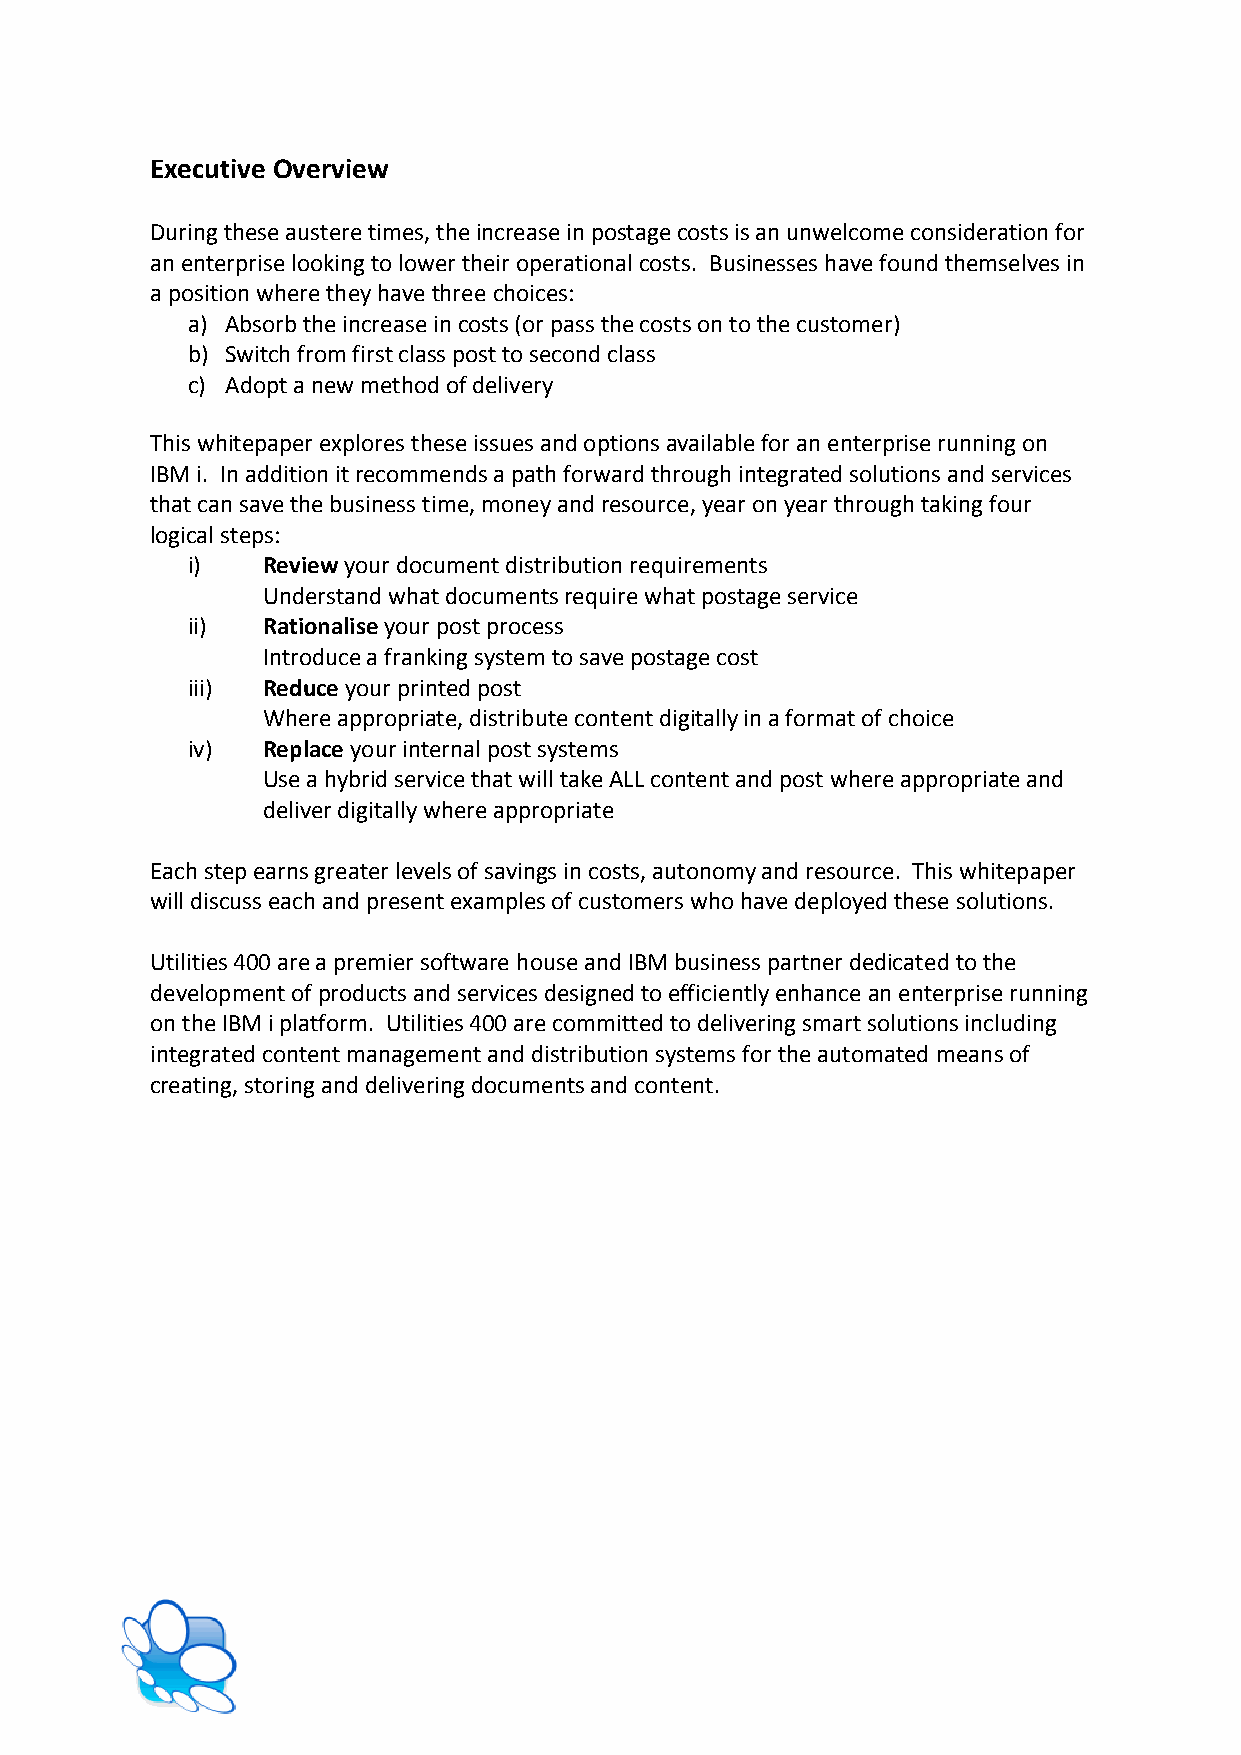
Executive Overview
 During these austere times, the increase in postage costs is an unwelcome consideration for
 an enterprise looking to lower their operational costs. Businesses have found themselves in
 a position where they have three choices:
 a) Absorb the increase in costs (or pass the costs on to the customer)
 b) Switch from first class post to second class
 c) Adopt a new method of delivery
 This whitepaper explores these issues and options available for an enterprise running on
 IBM i. In addition it recommends a path forward through integrated solutions and services
 that can save the business time, money and resource, year on year through taking four
 logical steps:
 i)   Review your document distribution requirements
 Understand what documents require what postage service
 ii)  Rationalise your post process
 Introduce a franking system to save postage cost
 iii) Reduce your printed post
 Where appropriate, distribute content digitally in a format of choice
 iv)  Replace your internal post systems
 Use a hybrid service that will take ALL content and post where appropriate and
 deliver digitally where appropriate
 Each step earns greater levels of savings in costs, autonomy and resource. This whitepaper
 will discuss each and present examples of customers who have deployed these solutions.
 Utilities 400 are a premier software house and IBM business partner dedicated to the
 development of products and services designed to efficiently enhance an enterprise running
 on the IBM i platform. Utilities 400 are committed to delivering smart solutions including
 integrated content management and distribution systems for the automated means of
 creating, storing and delivering documents and content.